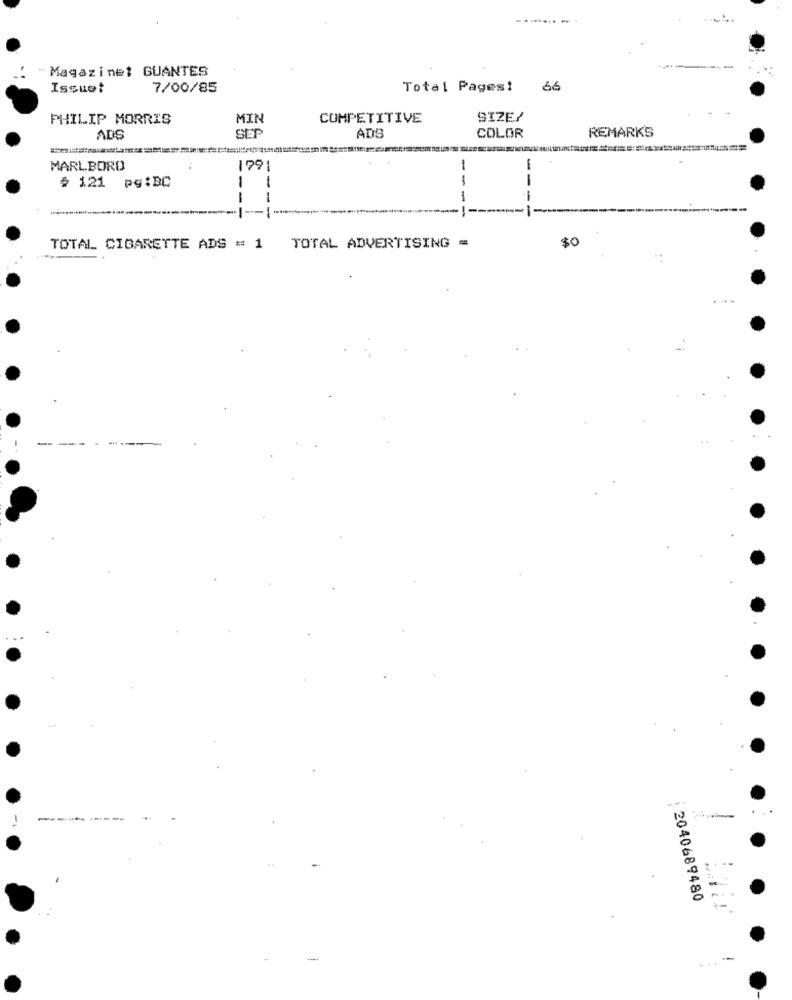
" Magazine: GUANTES
Issuet
7/00/85
Total Pages! 66
PHILIP MORRIS
MIN
COMPETITIVE
SIZE/
SET
ADS
ADS
COLOR
REMARKS
MARLBORO
1991
-
# 121
pg :BC
--
--
---
-
$0
TOTAL CIGARETTE ADS = 1 TOTAL ADVERTISING =
---
------
2040689480
.. .